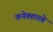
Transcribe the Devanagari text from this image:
कनेक्शनचे